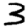
Digit: 3